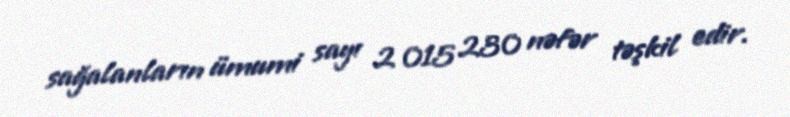
sağalanların ümumi sayı 2 015 230 nəfər təşkil edir.